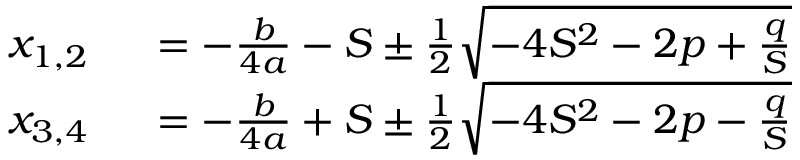
\begin{array} { r l } { x _ { 1 , 2 } \ } & { { } = - { \frac { b } { 4 a } } - S \pm { \frac { 1 } { 2 } } { \sqrt { - 4 S ^ { 2 } - 2 p + { \frac { q } { S } } } } } \\ { x _ { 3 , 4 } \ } & { { } = - { \frac { b } { 4 a } } + S \pm { \frac { 1 } { 2 } } { \sqrt { - 4 S ^ { 2 } - 2 p - { \frac { q } { S } } } } } \end{array}